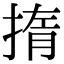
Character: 㨊